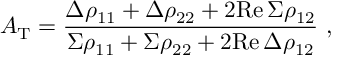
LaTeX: A _ { \mathrm { T } } = { \frac { \Delta \rho _ { 1 1 } + \Delta \rho _ { 2 2 } + 2 \mathrm { R e } \, \Sigma \rho _ { 1 2 } } { \Sigma \rho _ { 1 1 } + \Sigma \rho _ { 2 2 } + 2 \mathrm { R e } \, \Delta \rho _ { 1 2 } } } \ ,